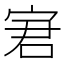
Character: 宭